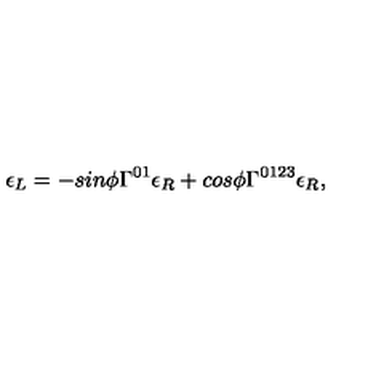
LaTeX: \epsilon _ { L } = - s i n \phi \Gamma ^ { 0 1 } \epsilon _ { R } + c o s \phi \Gamma ^ { 0 1 2 3 } \epsilon _ { R } , \,